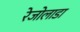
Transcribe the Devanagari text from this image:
रेजोलाडा